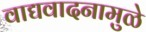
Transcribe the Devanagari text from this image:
वाद्यवादनामुळे